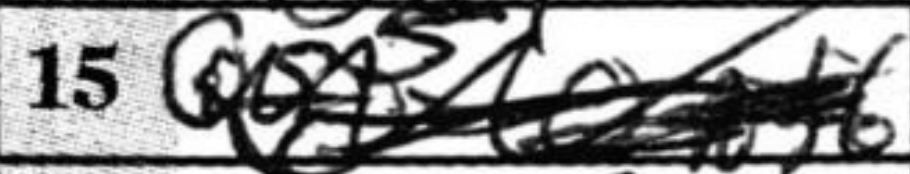
Transcription: Qa5